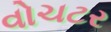
વોચટર